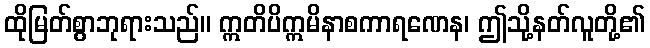
ထိုမြတ်စွာဘုရားသည်။ ဣတိပိဣမိနာစကာရဏေန၊ ဤသို့နတ်လူတို့၏